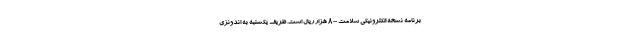
برنامه نسخه الکترونیکی سلامت ۸۰۰ هزار ریال است. ظریف یکشنبه به اندونزی